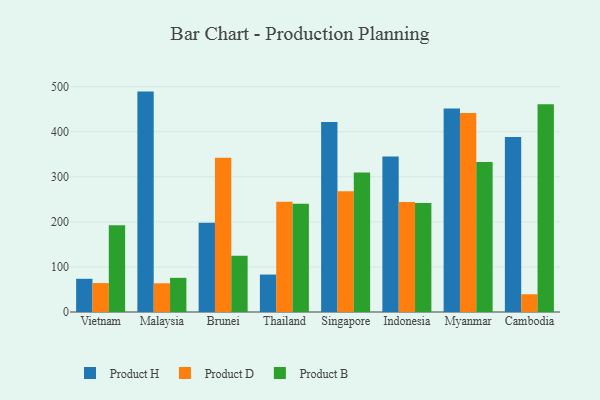
{"axis": {"x": "Country", "y": "Active Users"}, "legend": ["Product B", "Product D", "Product H"], "data": [{"x": "Vietnam", "y": 73.7, "type": "Product H"}, {"x": "Vietnam", "y": 64.2, "type": "Product D"}, {"x": "Vietnam", "y": 192.5, "type": "Product B"}, {"x": "Malaysia", "y": 489.0, "type": "Product H"}, {"x": "Malaysia", "y": 63.7, "type": "Product D"}, {"x": "Malaysia", "y": 75.8, "type": "Product B"}, {"x": "Brunei", "y": 198.0, "type": "Product H"}, {"x": "Brunei", "y": 342.4, "type": "Product D"}, {"x": "Brunei", "y": 124.8, "type": "Product B"}, {"x": "Thailand", "y": 83.1, "type": "Product H"}, {"x": "Thailand", "y": 244.5, "type": "Product D"}, {"x": "Thailand", "y": 240.2, "type": "Product B"}, {"x": "Singapore", "y": 421.3, "type": "Product H"}, {"x": "Singapore", "y": 268.0, "type": "Product D"}, {"x": "Singapore", "y": 309.6, "type": "Product B"}, {"x": "Indonesia", "y": 345.1, "type": "Product H"}, {"x": "Indonesia", "y": 243.8, "type": "Product D"}, {"x": "Indonesia", "y": 241.8, "type": "Product B"}, {"x": "Myanmar", "y": 451.4, "type": "Product H"}, {"x": "Myanmar", "y": 441.7, "type": "Product D"}, {"x": "Myanmar", "y": 332.6, "type": "Product B"}, {"x": "Cambodia", "y": 388.3, "type": "Product H"}, {"x": "Cambodia", "y": 39.4, "type": "Product D"}, {"x": "Cambodia", "y": 461.1, "type": "Product B"}]}